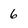
Character: 6